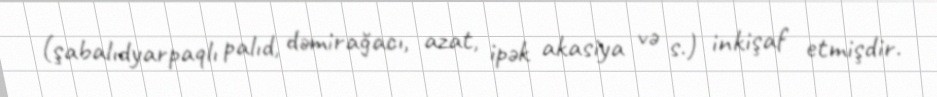
(şabalıdyarpaqlı palıd, dəmirağacı, azat, ipək akasiya və s.) inkişaf etmişdir.